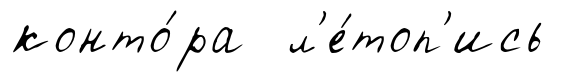
конто́ра л'е́топ'ись